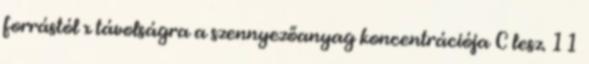
forrástól x távolságra a szennyezőanyag koncentrációja C lesz. 11